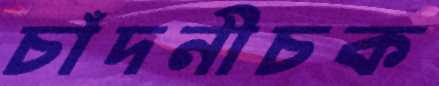
চাঁদনীচক